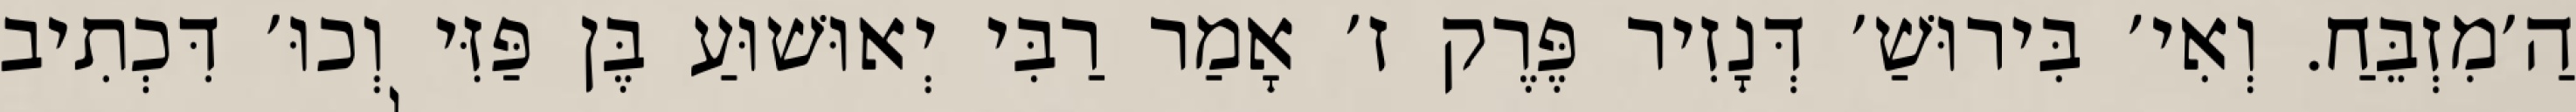
הַ׳מִזְבֵּחַ. וְאִי׳ בִּירוּשַׁ׳ דְּנָזִיר פֶּרֶק ז׳ אָמַר רַבִּי יְאוּשׁוּעַ בֶּן פַּזִּי וְכוּ׳ דִּכְתִיב